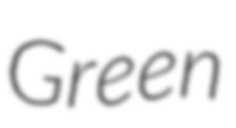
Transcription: Green